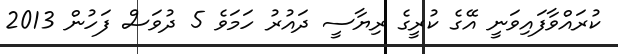
ކުރައްވާފައިވަނީ އޭގެ ކުރީގެ ރިޔާސީ ދައުރު ހަމަވެ 5 ދުވަސް ފަހުން 2013